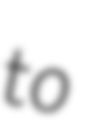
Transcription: to